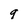
Character: 9